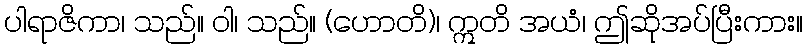
ပါရာဇိကာ၊ သည်။ ဝါ၊ သည်။ (ဟောတိ)၊ ဣတိ အယံ၊ ဤဆိုအပ်ပြီးကား။